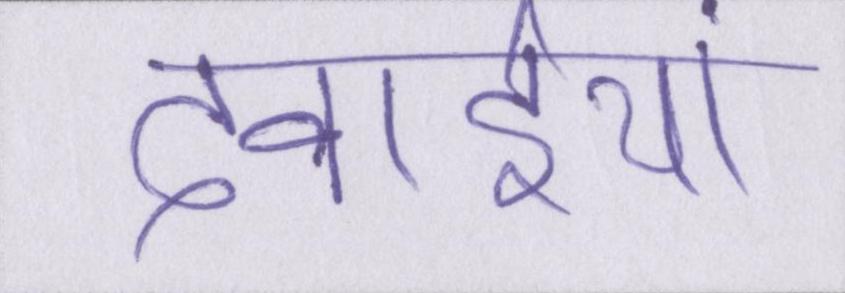
दवाईयां